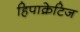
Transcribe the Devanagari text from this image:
हिपाक्रेटिज